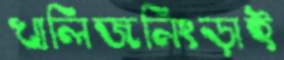
খালিজনিংড়াই